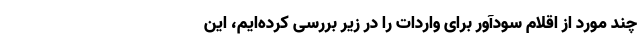
چند مورد از اقلام سودآور برای واردات را در زیر بررسی کرده‌ایم، این